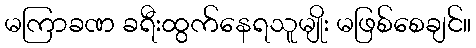
မကြာခဏ ခရီးထွက်နေရသူမျိုး မဖြစ်စေချင်။